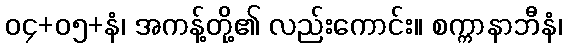
၀၄+၀၅+နံ၊ အကန့်တို့၏ လည်းကောင်း။ စက္ကာနာဘီနံ၊